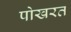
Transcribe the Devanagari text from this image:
पोखरत